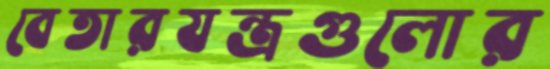
বেতারযন্ত্রগুলোর